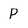
Character: P